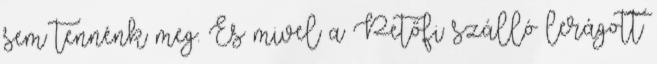
sem tennénk meg. És mivel a Petőfi szálló lerágott